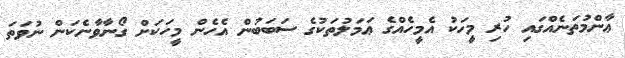
ޢާންމުތަނެއްގައި ހުރި މީހަކު އެމީހެއްގެ ޢަމަލުތަކުގެ ސަބަބުން އެހެން މީހަކަށް ގޯނާވާނެކަން ނުވަތަ